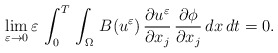
\begin{align*}\displaystyle\lim_{\varepsilon\to 0}\varepsilon\,\int_{0}^{T}\,\int_{\Omega}\,B(u^{\varepsilon})\,\frac{\partial u^{\varepsilon}}{\partial x_{j}}\,\frac{\partial \phi}{\partial x_{j}}\,dx\,dt = 0.\end{align*}